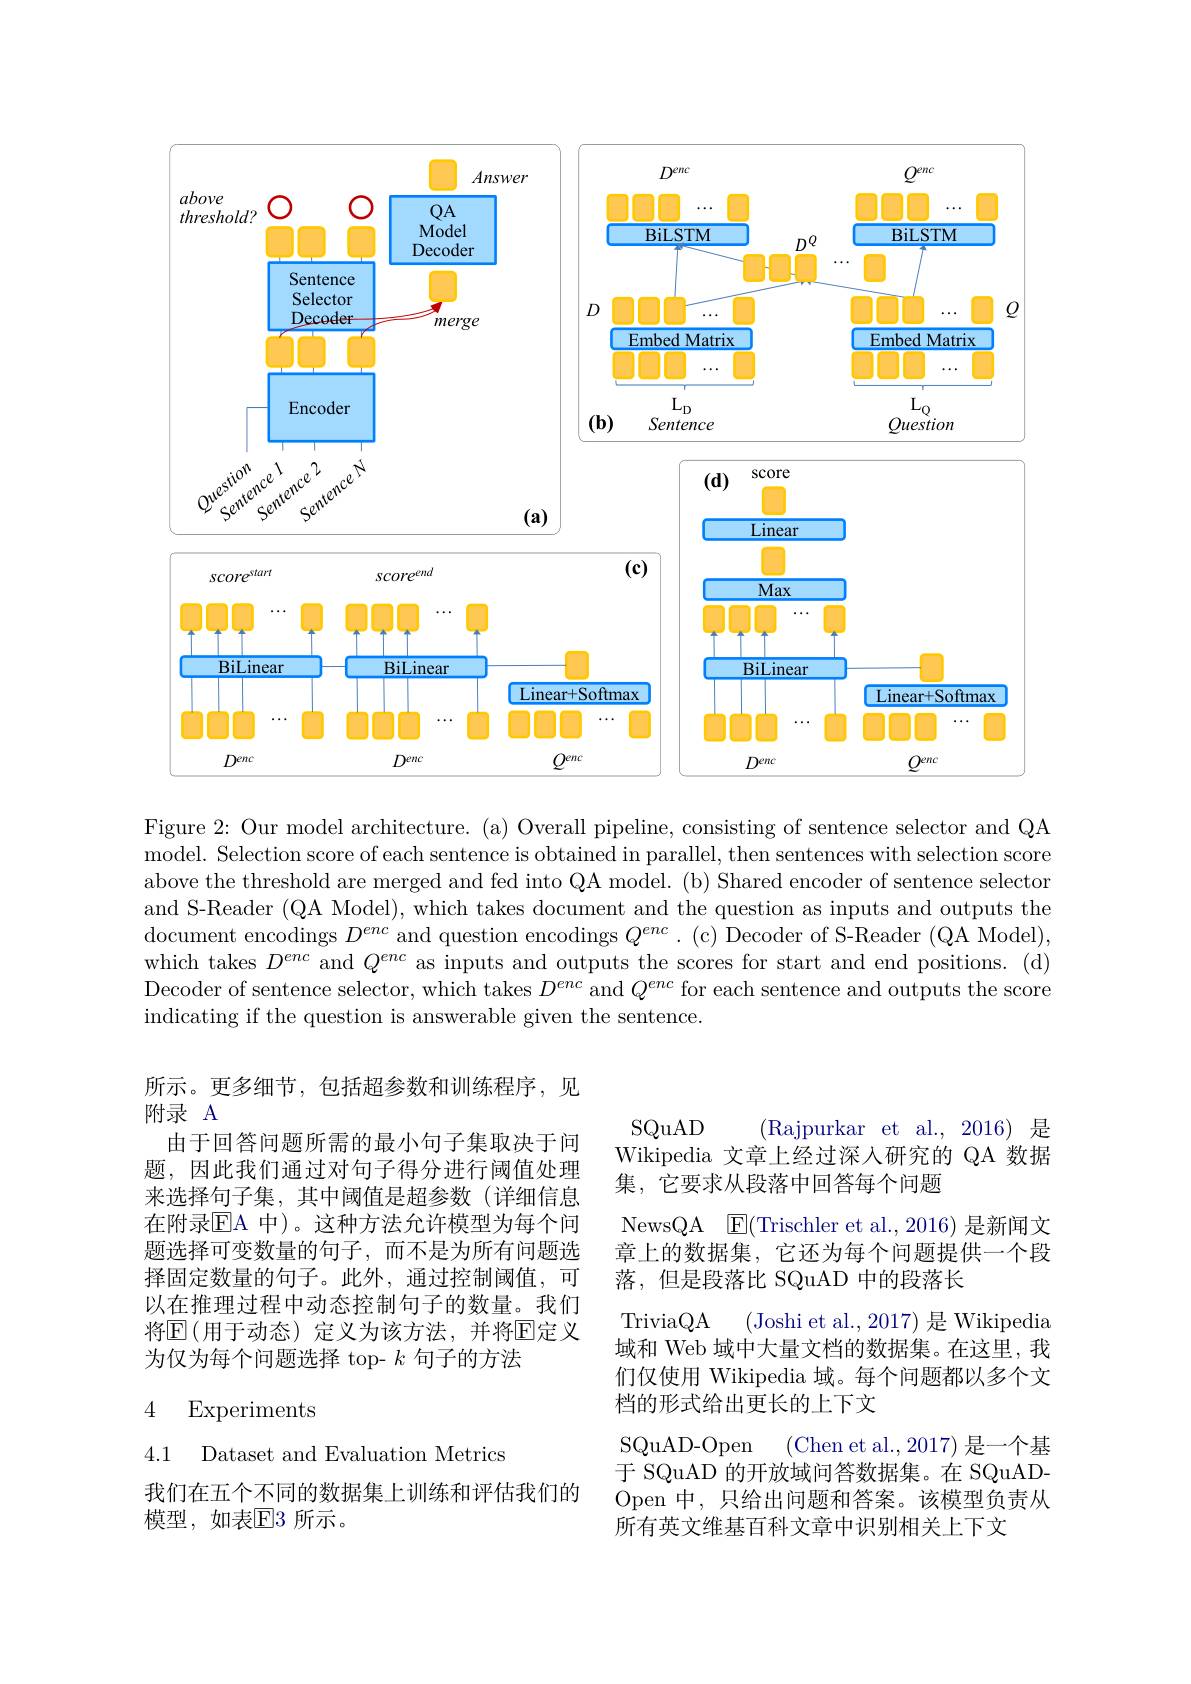
<FigureHere>

Figure 2: Our model architecture. (a) Overall pipeline, consisting of sentence selector and QA model. Selection score of each sentence is obtained in parallel, then sentences with selection score above the threshold are merged and fed into QA model. (b) Shared encoder of sentence selector and S-Reader (QA Model), which takes document and the question as inputs and outputs the document encodings $D^enc$ and question encodings $Q^enc.$ (c) Decoder of S-Reader (QA Model), which takes $D^{enc}$ and $Q^{enc}$ as inputs and outputs the scores for start and end positions. (d) Decoder of sentence selector, which takes $D^enc$ and $Q^enc$ for each sentence and outputs the score indicating if the question is answerable given the sentence.

## 附录 A

所示。更多细节，包括超参数和训练程序，见由于回答问题所需的最小句子集取决于问
题，因此我们通过对句子得分进行阈值处理来选择句子集，其中阈值是超参数(详细信息在附录$\mathbb{E}$A 中)。这种方法允许模型为每个问题选择可变数量的句子，而不是为所有问题选择固定数量的句子。此外，通过控制阈值，可以在推理过程中动态控制句子的数量。我们将$\overline{\mathrm{E}}($用于动态)定义为该方法，并将回定义为仅为每个问题选择 top- $k$句子的方法

SQuAD
(Rajpurkar et al.,2016)是
Wikipedia 文章上经过深人研究的 QA 数据
集，它要求从段落中回答每个问题
NewsQA [E](Trischler et al.,2016) 是新闻文章上的数据集，它还为每个问题提供一个段落，但是段落比 SQuAD 中的段落长
(Joshi et al., 2017) 是 Wikipedia
TriviaQA
域和 Web 域中大量文档的数据集。在这里，我们仅使用 Wikipedia 域。每个问题都以多个文档的形式给出更长的上下文
SQuAD-Open (Chen et al.,2017)是一个基于 SQuAD 的开放域问答数据集。在 SQuADOpen 中，只给出问题和答案。该模型负责从所有英文维基百科文章中识别相关上下文

## 4 Experiments

4.1 Dataset and Evaluation Metrics

我们在五个不同的数据集上训练和评估我们的
模型，如表$\mathbb{E}$3 所示。